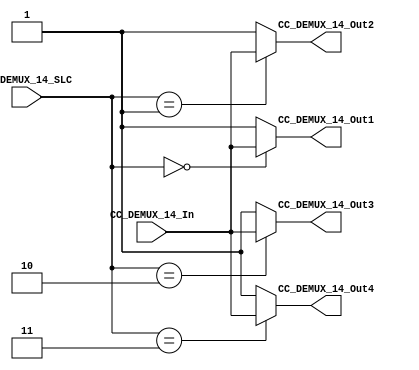

//=======================================================
//  MODULE Definition
//=======================================================

module CC_DEMUX_14
(

CC_DEMUX_14_SLC,

CC_DEMUX_14_In,

CC_DEMUX_14_Out1,
CC_DEMUX_14_Out2,
CC_DEMUX_14_Out3,
CC_DEMUX_14_Out4

);

//=======================================================
//  PARAMETER declarations
//=======================================================

//=======================================================
//  PORT declarations
//=======================================================

input [1:0] CC_DEMUX_14_SLC;
input CC_DEMUX_14_In;

output CC_DEMUX_14_Out1;
output CC_DEMUX_14_Out2;
output CC_DEMUX_14_Out3;
output CC_DEMUX_14_Out4;

//=======================================================
//  REG/WIRE declarations
//=======================================================

//=======================================================
//  Structural coding
//=======================================================

assign CC_DEMUX_14_Out1	= (CC_DEMUX_14_SLC == 2'b00)? CC_DEMUX_14_In:
																	   1'b1;

assign CC_DEMUX_14_Out2	= (CC_DEMUX_14_SLC == 2'b01)? CC_DEMUX_14_In:
																	   1'b1;															

assign CC_DEMUX_14_Out3	= (CC_DEMUX_14_SLC == 2'b10)? CC_DEMUX_14_In:
																	   1'b1;
																	
assign CC_DEMUX_14_Out4	= (CC_DEMUX_14_SLC == 2'b11)? CC_DEMUX_14_In:
																	   1'b1;																	
																	
endmodule